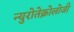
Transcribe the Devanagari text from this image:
न्युरोतेक्नोलोजी